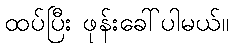
ထပ်ပြီး ဖုန်းခေါ်ပါမယ်။